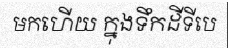
មកហើយ ក្នុងទឹកដីទីបេ